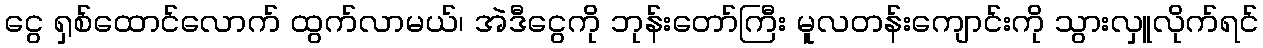
ငွေ ရှစ်ထောင်လောက် ထွက်လာမယ်၊ အဲဒီငွေကို ဘုန်းတော်ကြီး မူလတန်းကျောင်းကို သွားလှူလိုက်ရင်